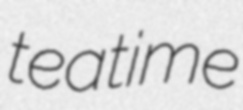
teatime